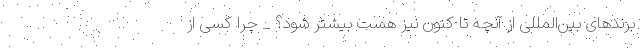
برندهای بین‌المللی از آنچه تا کنون نیز هست بیشتر شود؟ _ چرا کسی از